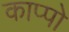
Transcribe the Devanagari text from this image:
काप्पो